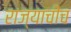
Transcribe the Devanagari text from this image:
राज्याचीच